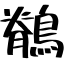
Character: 鶺